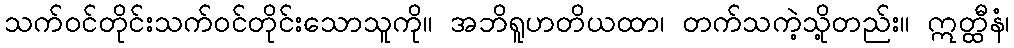
သက်ဝင်တိုင်းသက်ဝင်တိုင်းသောသူကို။ အဘိရူဟတိယထာ၊ တက်သကဲ့သို့တည်း။ ဣတ္ထီနံ၊